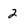
Character: 2